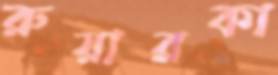
রুয়ারকা